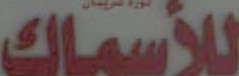
للأسماك